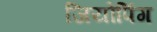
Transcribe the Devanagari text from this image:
जियोपिंग